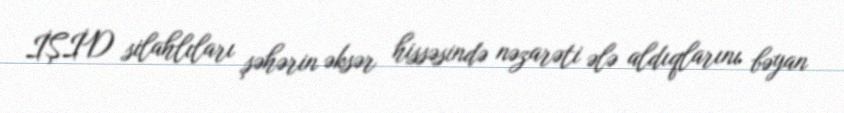
İŞİD silahlıları şəhərin əksər hissəsində nəzarəti ələ aldıqlarını bəyan